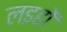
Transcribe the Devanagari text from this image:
लइहों